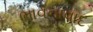
ભાવનાવાદ